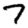
Digit: 7